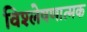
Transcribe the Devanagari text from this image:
विश्‍लेषणात्मक